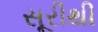
સૂરીથી